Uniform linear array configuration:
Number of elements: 8
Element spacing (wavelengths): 0.75
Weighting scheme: exponential
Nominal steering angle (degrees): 45
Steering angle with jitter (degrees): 46.204
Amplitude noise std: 0.05
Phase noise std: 0.05

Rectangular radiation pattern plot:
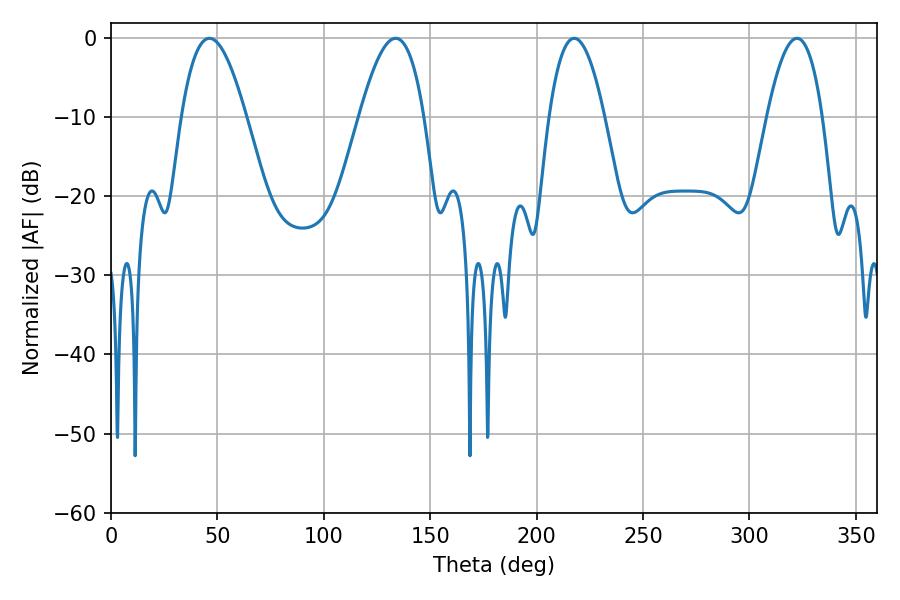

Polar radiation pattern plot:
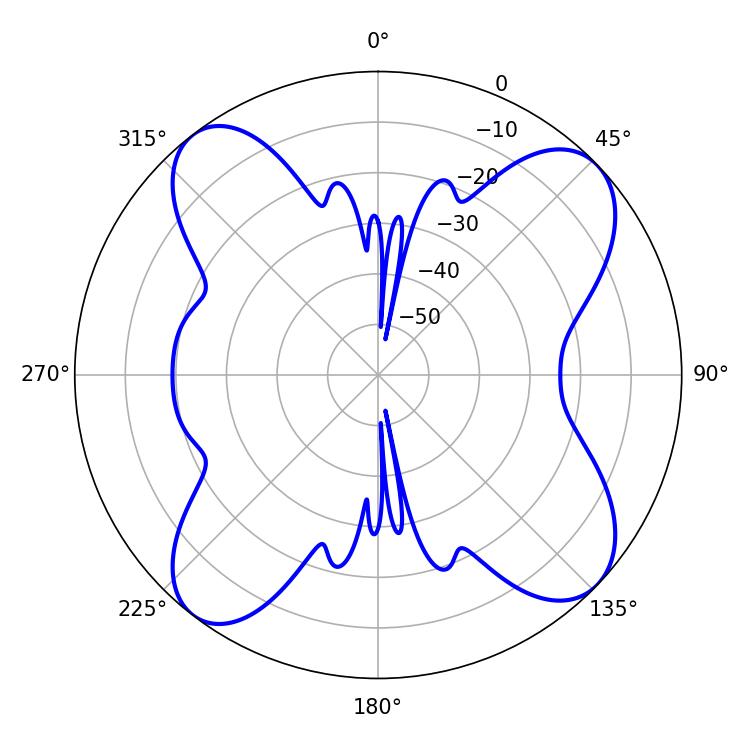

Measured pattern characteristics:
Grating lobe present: TRUE
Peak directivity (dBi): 12.178
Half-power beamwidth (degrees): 16.56
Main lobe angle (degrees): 46.26